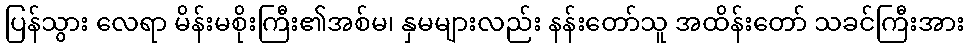
ပြန်သွား လေရာ မိန်းမစိုးကြီး၏အစ်မ၊ နှမများလည်း နန်းတော်သူ အထိန်းတော် သခင်ကြီးအား